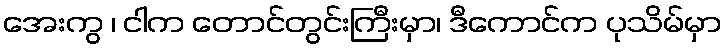
အေးကွ ၊ ငါက တောင်တွင်းကြီးမှာ၊ ဒီကောင်က ပုသိမ်မှာ